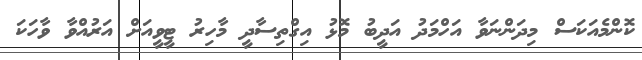
ކޮންމެއަކަސް މިދަންނަވާ އަހްމަދު އަދީބު މޮޅު އިގްތިސާދީ މާހިރު ޓީވީއަށް އަރުއްވާ ވާހަކަ